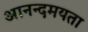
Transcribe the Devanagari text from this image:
आनन्दमयता